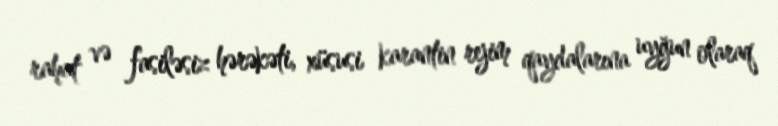
rahat və fasiləsiz hərəkəti, xüsusi karantin rejim qaydalarına uyğun olaraq